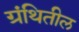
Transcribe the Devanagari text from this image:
ग्रंथितील